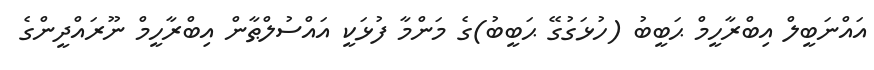
އައްނަބީލް އިބްރާހީމް ޙަބީބު (ހުޅަގުގޭ ޙަބީބު)ގެ މަންމާ ފުޅަކީ އައްސުލްޠާން އިބްރާހީމް ނޫރައްދީންގެ